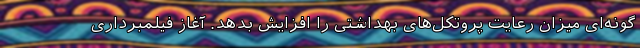
گونه‌ای میزان رعایت پروتکل‌های بهداشتی را افزایش بدهد. آغاز فیلمبرداری